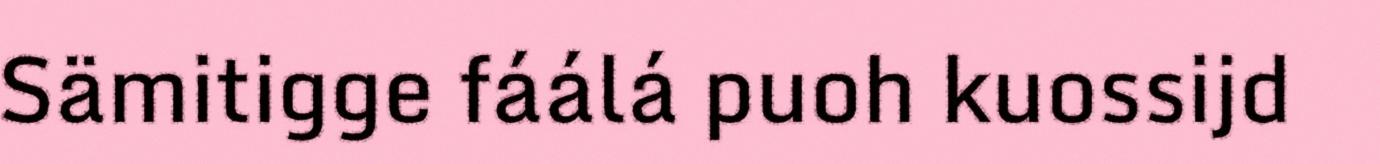
Sämitigge fáálá puoh kuossijd